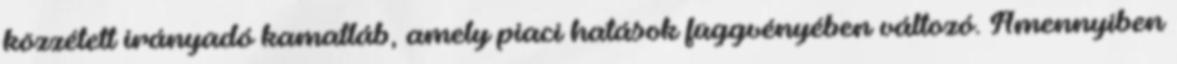
közzétett irányadó kamatláb, amely piaci hatások függvényében változó. Amennyiben